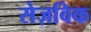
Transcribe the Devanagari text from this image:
सेज़विक